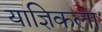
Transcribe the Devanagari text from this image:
याज्ञिकला